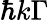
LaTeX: \hbar k\Gamma